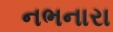
નભનારા